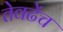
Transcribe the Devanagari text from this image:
तेवढेंच